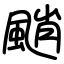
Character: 颵